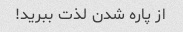
از پاره شدن لذت ببرید!